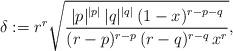
LaTeX: \begin{align*} \delta := r^r \sqrt{\dfrac{|p|^{|p|} \, |q|^{|q|} \, (1-x)^{r-p-q}}{(r-p)^{r-p} \, (r-q)^{r-q} \, x^r}}, \end{align*}